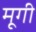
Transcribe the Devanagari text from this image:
मूगी